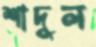
শাদুল